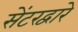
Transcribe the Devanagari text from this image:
सेंटरद्वारे